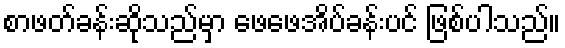
စာဖတ်ခန်းဆိုသည်မှာ ဖေဖေအိပ်ခန်းပင် ဖြစ်ပါသည်။